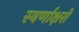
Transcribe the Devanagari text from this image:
स्‍वर्णाक्षरों